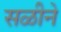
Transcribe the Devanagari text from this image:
सळीने